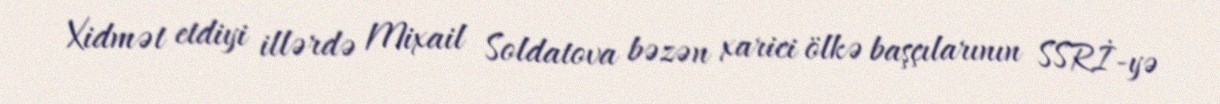
Xidmət etdiyi illərdə Mixail Soldatova bəzən xarici ölkə başçılarının SSRİ-yə